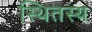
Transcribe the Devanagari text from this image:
स्थितस्य